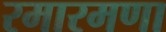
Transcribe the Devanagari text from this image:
रमारमणा